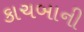
કાચબાની